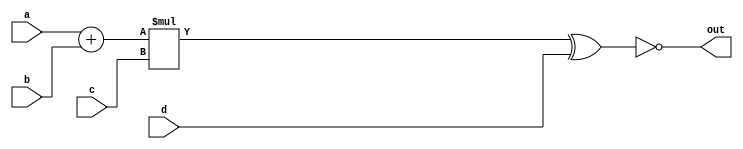
// Module used to test the Lakeroad pass in Yosys. 
// See python/yosys_experiments.py.
module test_add_mul_xnor16 (
    input  [15:0] a,
    input  [15:0] b,
    input  [15:0] c,
    input  [15:0] d,
    output [15:0] out
);
  assign out = ~(((a + b) * c) ^ d);
endmodule